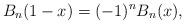
LaTeX: \begin{align*}B_n (1 - x) = ( - 1)^n B_n (x),\end{align*}